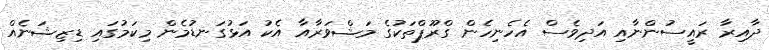
ދާއިރާ ރައީސުންނާއި އަދިވެސް އެހެނިހެން ގްރޫޕްތަކުގެ މަޝްވަރާއާ އެކު އަޅުގަނޑުމެން މިކަމުގައި ޑިޒިޝަނެއް